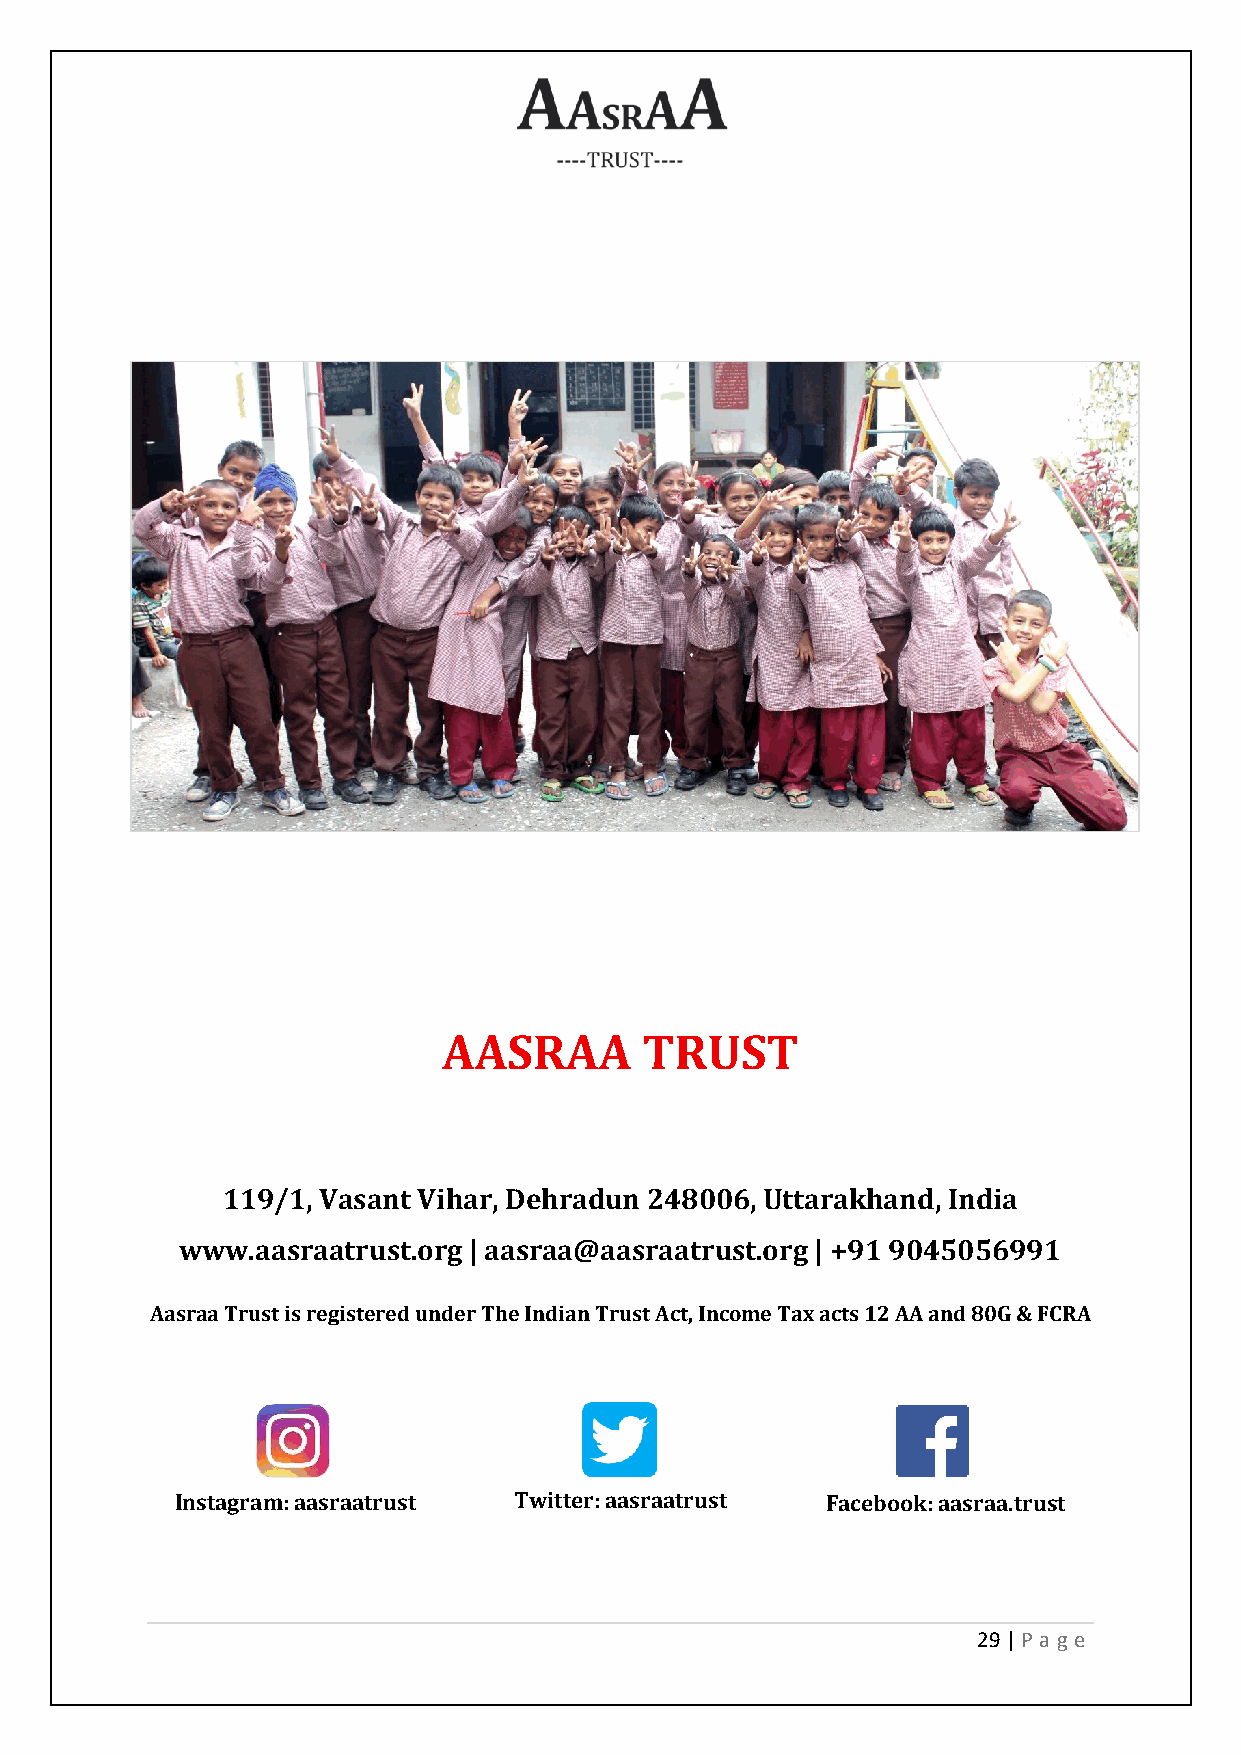
AASRAA       TRUST
 119/1, Vasant Vihar, Dehradun 248006, Uttarakhand, India
 www.aasraatrust.org | aasraa@aasraatrust.org | +91 9045056991
 Aasraa Trust is registered under The Indian Trust Act, Income Tax acts 12 AA and 80G & FCRA
 Instagram: aasraatrust Twitter: aasraatrust Facebook: aasraa.trust
 29 | P age